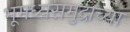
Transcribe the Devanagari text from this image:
भूमध्यसमुद्राच्या